Annual report of the Madras Medical College
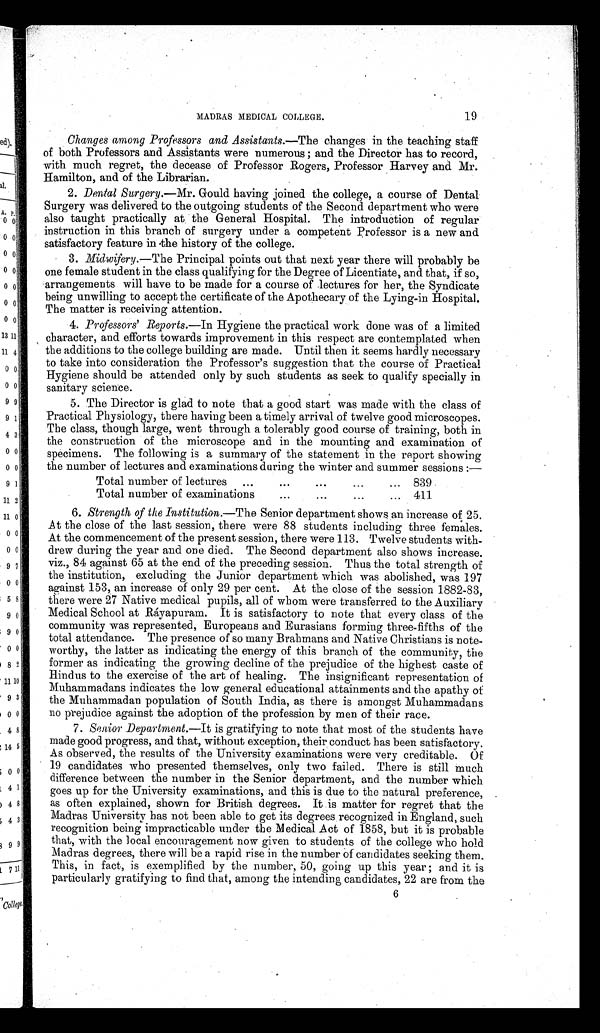
19
MADRAS MEDICAL COLLEGE.
Changes among Professors and Assistants.— The changes in the teaching staff
of both Professors and Assistants were numerous; and the Director has to record,
with much regret, the decease of Professor Rogers, Professor Harvey and Mr.
Hamilton, and of the Librarian.
2. Dental Surgery.— Mr. Gould having joined the college, a course of Dental
Surgery was delivered to the outgoing students of the Second department who were
also taught practically at the General Hospital. The introduction of regular
instruction in this branch of surgery under a competent Professor is a new and.
satisfactory feature in the history of the college.
3.
Midwifery.—The Principal points out that next year there will probably be
one female student in the class qualifying for the Degree of Licentiate, and that, if so,
arrangements will have to be made for a course of lectures for her, the Syndicate
being unwilling to accept the certificate of the Apothecary of the Lying-in Hospital.
The matter is receiving attention.
4. Professors' Reports.— In Hygiene the practical work done was of a limited
character, and efforts towards improvement in this respect are contemplated when
the additions to the college building are made. Until then it seems hardly necessary
to take into consideration the Professor's suggestion that the course of Practical
Hygiene should be attended only by such students as seek to qualify specially in
sanitary science.
5. The Director is glad to note that a good start was made with the class of
Practical Physiology, there having been a timely arrival of twelve good microscopes.
The class, though large, went through a tolerably good course of training, both in
the construction of the microscope and in the mounting and examination of
specimens. The following is a summary of the statement in the report showing
the number of lectures and examinations during the winter and summer sessions:—
Total number of lectures ...
... ... ... ...
839
Total number of examinations
...
...
...
... 411
6. Strength of the Institution.—The Senior department shows an increase of 25.
At the close of the last session, there were 88 students including three females.
At the commencement of the present session, there were 113. Twelve students with-
drew during the year and one died. The Second department also shows increase.
viz., 84 against 65 at the end of the preceding session. Thus the total strength of
the institution, excluding the Junior department which was abolished, was 197
against 153, an increase of only 29 per cent. At the close of the session 1882-83,
there were 27 Native medical pupils, all of whom were transferred to the Auxiliary
Medical School at Ráyapuram. It is satisfactory to note that every class of the
community was represented, Europeans and Eurasians forming three-fifths of the
total attendance. The presence of so many Brahmans and Native Christians is note-
worthy, the latter as indicating the energy of this branch of the community, the
former as indicating the growing decline of the prejudice of the highest caste of
Hindus to the exercise of the art of healing. The insignificant representation of
Muhammadans indicates the low general educational attainments and the apathy of
the Muhammadan population of South India, as there is amongst Muhammadans.
no prejudice against the adoption of the profession by men of their race.
7. Senior Department.—It is gratifying to note that most of the students have
made good progress, and that, without exception, their conduct has been satisfactory.
As observed, the results of the University examinations were very creditable. Of
19 candidates who presented themselves, only two failed. There is still much
difference between the number in the Senior department, and the number which
goes up for the University examinations, and this is due to the natural preference,
as often explained, shown for British degrees. It is matter for regret that the
Madras University has not been able to get its degrees recognized in England, such
recognition being impracticable under the Medical Act of 1858, but it is probable
that, with the local encouragement now given to students of the college who hold
Madras degrees, there will be a rapid rise in the number of candidates seeking them.
This, in fact, is exemplified by the number, 50, going up this year; and it is
particularly gratifying to find that, among the intending candidates, 22 are from the
6